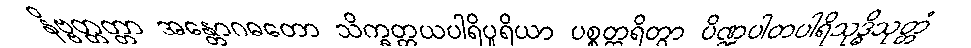
နိဗ္ဗတ္တတ္တာ အန္တောဂဓတော သိက္ခတ္တယပါရိပူရိယာ ပစ္စတ္ထရိတွာ ပိဏ္ဍပါတပါရိသုဒ္ဓိသုတ္တံ